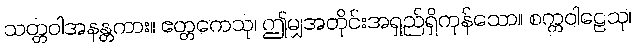
သတ္တဝါအနန္တကား။ ဧတ္တကေသု၊ ဤမျှအတိုင်းအရှည်ရှိကုန်သော။ စက္ကဝါဠေသု၊